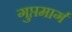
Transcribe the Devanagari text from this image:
गुप्तमार्ग